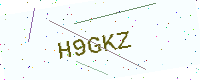
Text: H9GKZ